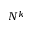
N ^ { k }